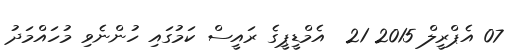
07 އެޕްރީލް 2015 21  އެމްޑީޕީގެ ރައީސް ކަމުގައި ހުންނެވި މުހައްމަދު